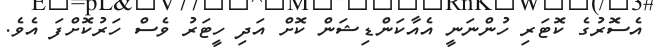
އެސޮރުގެ ކޮޓަރި ހުންނަނީ އެއާކަންޑިޝަން ކޮށް އަދި ހީޓަރު ވެސް ހަރުކޮށްފަ އެވެ.